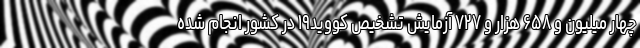
چهار میلیون و ۶۵۸ هزار و ۷۲۷ آزمایش تشخیص کووید۱۹ در کشور انجام شده